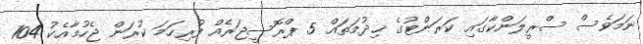
ނަމަވެސް ސްރީލަންކާގައި ކަރަންޓުގެ ޚިދުމަތައް 5 ޕްރޮސީޖަރެއް ފުރިހަމަ ކުރަން ޖެހުމާއެކު 104